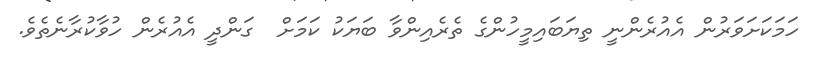
ހަމަކަށަވަރުން އެއުރެންނީ ތިޔަބައިމީހުންގެ ތެރެއިންވާ ބަޔަކު ކަމަށް  ގަންދީ އެއުރެން ހުވާކުރާނެތެވެ.